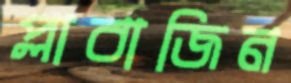
প্লাবাজিন